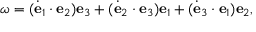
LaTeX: { \boldsymbol { \omega } } = ( { \dot { \mathbf { e } } } _ { 1 } \cdot \mathbf { e } _ { 2 } ) \mathbf { e } _ { 3 } + ( { \dot { \mathbf { e } } } _ { 2 } \cdot \mathbf { e } _ { 3 } ) \mathbf { e } _ { 1 } + ( { \dot { \mathbf { e } } } _ { 3 } \cdot \mathbf { e } _ { 1 } ) \mathbf { e } _ { 2 } ,